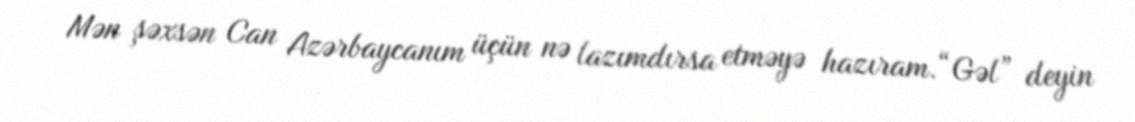
Mən şəxsən Can Azərbaycanım üçün nə lazımdırsa etməyə hazıram.“Gəl” deyin